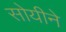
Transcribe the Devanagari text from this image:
सोयीने